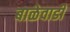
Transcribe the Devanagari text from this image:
बाळेवाडी